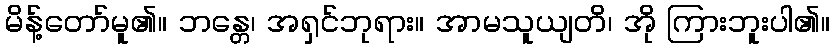
မိန့်တော်မူ၏။ ဘန္တေ၊ အရှင်ဘုရား။ အာမသူယျတိ၊ အို ကြားဘူးပါ၏။